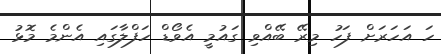
ހަ އަހަރަށް ފަހު މިރޭ ބޭއްވި ގައުމީ އެވޯޑް ހަފްލާގައި އެންމެ މޮޅު